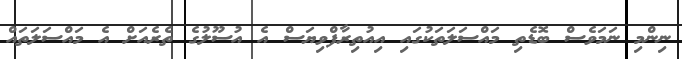
ނިންމި ނަމަވެސް ބޮޑެތި މައްސަލަތަކުގައި އިއުތިރާފްވިޔަސް އެ އުސޫލުގެ ތެރެއަށް އެ މައްސަލަތައް